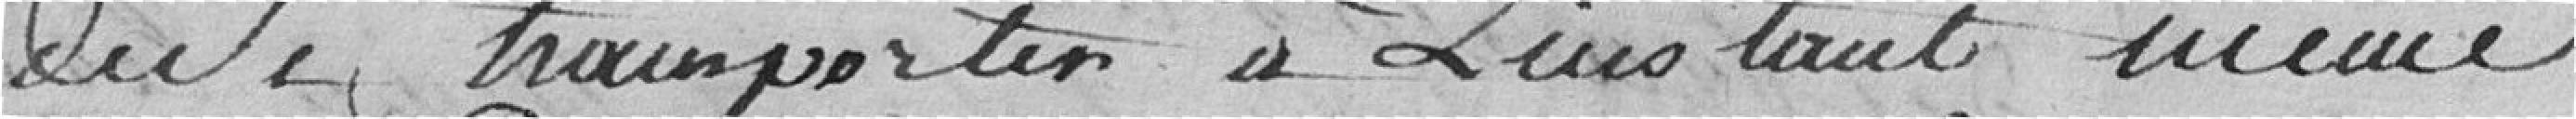
de se transporter à l'instant même